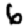
Digit: 6